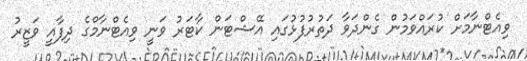
ވިއެޓްނާމަށް ކުރައްވަމުން ގެންދަވާ ދަތުރުފުޅުގައި އޭޝްޓަން ކާޓަރު ވަނީ ވިއެޓްނާމްގެ ދިފާއީ ވަޒީރު